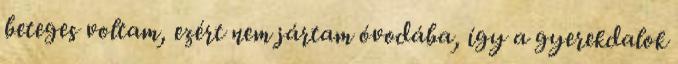
beteges voltam, ezért nem jártam óvodába, így a gyerekdalok